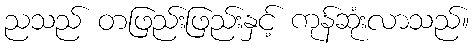
ညသည် တဖြည်းဖြည်းနှင့် ကုန်ဆုံးလာသည်။